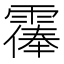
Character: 𩄴